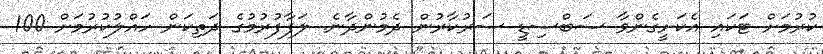
ކުރުމަށް ޓަކައި އެކަށީގެންވާ ސަބްސިޑީ ސަރުކާރުން ދެމުންދާނެ. ލަފާފުރުމުގެ ދަތިކަން ހައްލުކުރުމަށް 100